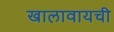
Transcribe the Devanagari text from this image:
खालावायची